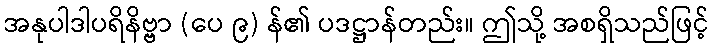
အနုပါဒါပရိနိဗ္ဗာ (ပေ ၉) န်၏ ပဒဋ္ဌာန်တည်း။ ဤသို့ အစရှိသည်ဖြင့်